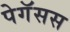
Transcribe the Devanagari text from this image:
पेगॅसस